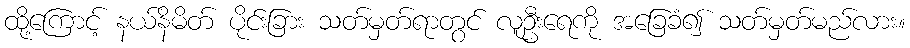
ထို့ကြောင့် နယ်နိမိတ် ပိုင်းခြား သတ်မှတ်ရာတွင် လူဦးရေကို အခြေခံ၍ သတ်မှတ်မည်လား။